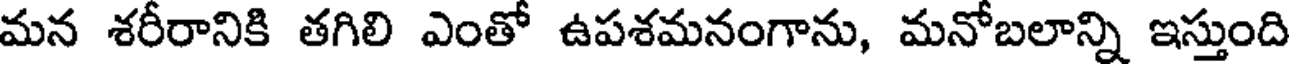
మన శరీరానికి తగిలి ఎంతో ఉపశమనంగాను, మనోబలాన్ని ఇస్తుంది